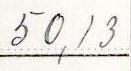
50,13